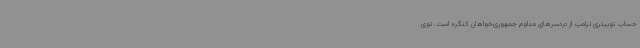
حساب توییتری ترامپ از دردسرهای مداوم جمهوری‌خواهان کنگره است. توی